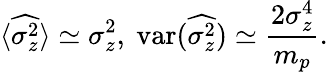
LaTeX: \langle\widehat{\sigma_{z}^{2}}\rangle\simeq\sigma_{z}^{2},~\mathrm{var}(\widehat{\sigma_{z}^{2}})\simeq\frac{2\sigma_{z}^{4}}{m_{p}}.